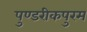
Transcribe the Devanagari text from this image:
पुण्डरीकपुरम